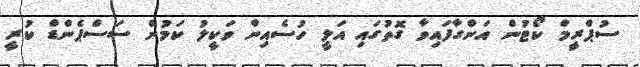
ސުޕްރީމް ކޯޓުން އަންގާފައިވާ ގޮތުގައި އަލީ ހުސެއިން ވަކީލު ކަމުން ސަސްޕެންޑް ކުރީ